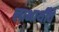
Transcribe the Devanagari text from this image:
लाभार्थींचे